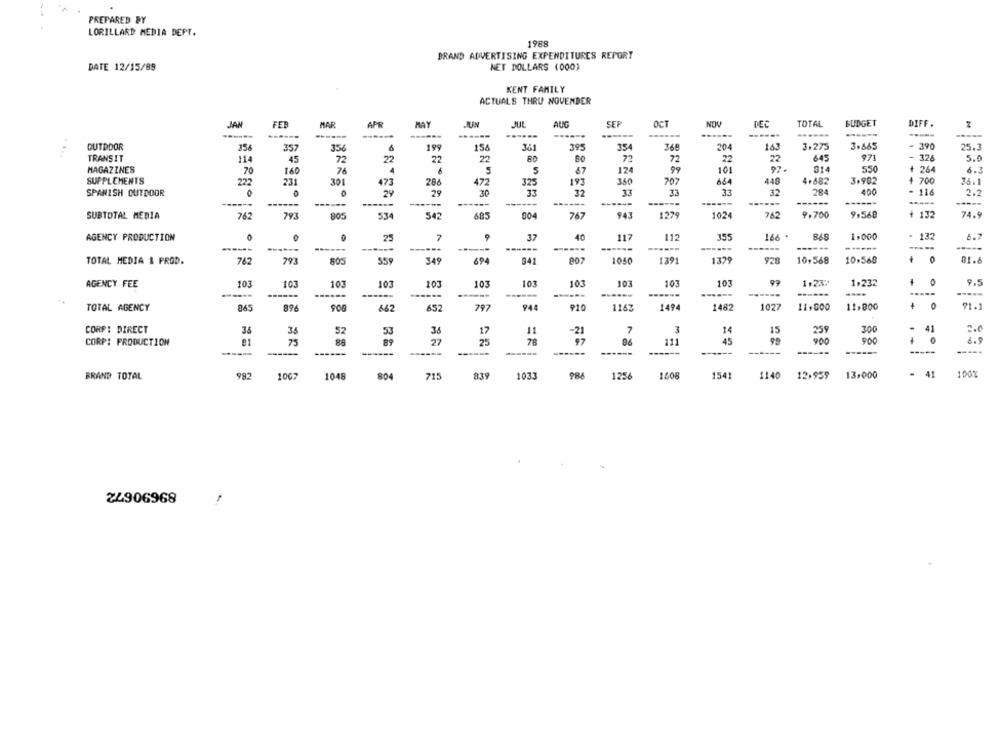
PREPARED BY
LORILLARD MEDIA DEPT.
1968
BRAND ADVERTISING EXPENDITURES REPORT
DATE 12/15/89
NET DOLLARS (000)
KENT FAMILY
ACTUALS THRU NOVEMBER
JAN
FEB
MAR
APR
MAY
JUL
ALIG
SE
TOTAL
BUDGET
DIFF .
------
----
------
------
OUTDOOR
354
35
354
199
154
39
36!
204
3,275
3,665
390
25.3
TRANSIT
114
45
72
22
22
72
72
22
22
645
971
326
5.0
MAGAZINES
70
160
6
5
5
67
124
99
101
97.
314
550
+ 264
6.3
SUPPLEMENTS
222
231
301
473
28
350
707
684
448
4.682
3,982
4 700
36.1
472
325
193
SPANISH OUTDOOR
29
29
30
33
32
33
32
284
400
116
2.2
-----
------
------
------
----
--
-----
-----
SUBTOTAL MEDIA
762
793
805
534
542
685
767
943
1279
1024
762
9.700
9,560
+ 132
74.9
AGENCY PRODUCTION
7
37
40
117
112
355
166 *
868
1,000
.
137
6.7
-----
------
------
------
------
------
------
-----
TOTAL MEDIA & PROD.
762
793
805
55
349
694
807
1050
1391
1379
928
10,568
10,568
81.6
AGENCY FEE
103
103
103
103
103
103
103
103
103
103
103
99
1.287
1,232
9.5
------
------
-----
....
---
TOTAL AGENCY
365
896
906
662
652
797
944
910
1163
1494
1482
1027
11,000
11,800
4
0
91.1
CORP: DIRECT
38
3.5
52
53
38
17
11
7
14
15
259
300
41
2.0
-21
0
CORP: PRODUCTION
75
88
89
27
25
78
97
45
900
900
6.9
---
-----
------
-----
BRAND TOTAL
982
1007
1048
804
715
839
1033
988
1256
1608
1541
1140
12.959
13,000
41
100%
24906968